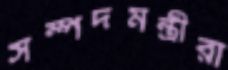
সম্পদমন্ত্রীরা